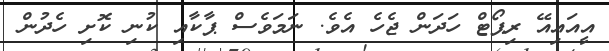
އީއައިއޭ ރިޕޯޓް ހަދަން ޖެހެ އެވެ. ނަމަވެސް ޕާކާއި ކުނި ކޮށި ހެދުން